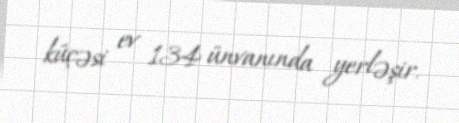
küçəsi ev 134 ünvanında yerləşir.